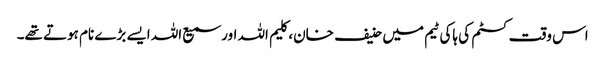
اس وقت کسٹم کی ہاکی ٹیم میں حنیف خان، کلیم اللہ اور سمیع اللہ ایسے بڑے نام ہوتے تھے۔